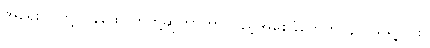
အရေးပိုင်တို့၊ ဝန်ထောက်တို့ဆိုတာဟာ ပြည့်အစေခံတွေဟ၊ နင် သိရဲ့လား။